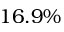
1 6 . 9 \%